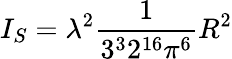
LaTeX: I_{S}=\lambda^{2}\frac{1}{3^{3}2^{16}\pi^{6}}R^{2}